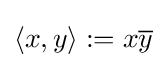
\langle x,y\rangle :=x{\overline {y}}